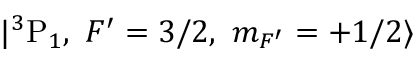
| { ^ 3 } \mathrm { P } _ { 1 } , ~ F ^ { \prime } = 3 / 2 , ~ m _ { F ^ { \prime } } = + 1 / 2 \rangle